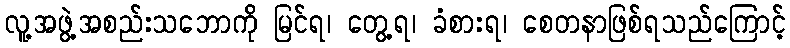
လူ့အဖွဲ့အစည်းသဘောကို မြင်ရ၊ တွေ့ရ၊ ခံစားရ၊ စေတနာဖြစ်ရသည်ကြောင့်